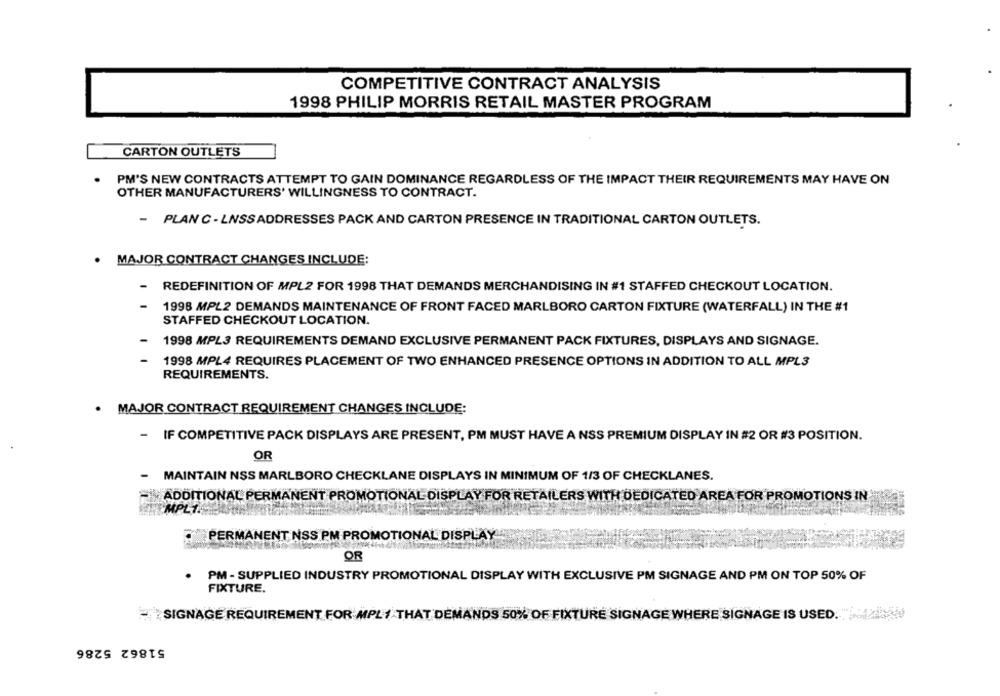
COMPETITIVE CONTRACT ANALYSIS
1998 PHILIP MORRIS RETAIL MASTER PROGRAM
CARTON OUTLETS
PM'S NEW CONTRACTS ATTEMPT TO GAIN DOMINANCE REGARDLESS OF THE IMPACT THEIR REQUIREMENTS MAY HAVE ON
OTHER MANUFACTURERS' WILLINGNESS TO CONTRACT.
- PLAN C - LNSSADDRESSES PACK AND CARTON PRESENCE IN TRADITIONAL CARTON OUTLETS.
MAJOR CONTRACT CHANGES INCLUDE:
REDEFINITION OF MPL2 FOR 1998 THAT DEMANDS MERCHANDISING IN #1 STAFFED CHECKOUT LOCATION.
1998 MPL2 DEMANDS MAINTENANCE OF FRONT FACED MARLBORO CARTON FIXTURE (WATERFALL) IN THE #1
STAFFED CHECKOUT LOCATION.
-
1998 MPL3 REQUIREMENTS DEMAND EXCLUSIVE PERMANENT PACK FIXTURES, DISPLAYS AND SIGNAGE.
1998 MPL4 REQUIRES PLACEMENT OF TWO ENHANCED PRESENCE OPTIONS IN ADDITION TO ALL MPL3
REQUIREMENTS.
· MAJOR CONTRACT REQUIREMENT CHANGES INCLUDE:
- IF COMPETITIVE PACK DISPLAYS ARE PRESENT, PM MUST HAVE A NSS PREMIUM DISPLAY IN #2 OR #3 POSITION.
OR
-
MAINTAIN NSS MARLBORO CHECKLANE DISPLAYS IN MINIMUM OF 1/3 OF CHECKLANES.
ADDITIONAL PERMANENT PROMOTIONAL DISPLAY FOR RETAILERS WITH DEDICATED AREA FOR PROMOTIONS IN
MPL7.
PERMANENT NSS PM PROMOTIONAL DISPLAY
OR
· PM - SUPPLIED INDUSTRY PROMOTIONAL DISPLAY WITH EXCLUSIVE PM SIGNAGE AND PM ON TOP 50% OF
FIXTURE.
SIGNAGE REQUIREMENT FOR MPLI THAT DEMANDS 50% OF FIXTURE SIGNAGE WHERE SIGNAGE IS USED.
51862 5286